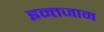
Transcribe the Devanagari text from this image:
इन्‍तजाम